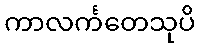
ကာလင်္ကတေသုပိ